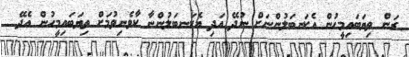
ރަން ތިޔަބައިމީހުން އެކަނބަލުންނަށް ނުދޭ އަދި އެކަނބަލުންނާ ކާވެނިވުމަށް ތިޔަބައިމީހުން އެދޭ